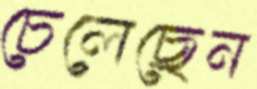
চেলেছেন